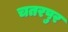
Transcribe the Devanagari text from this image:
चतरपुर